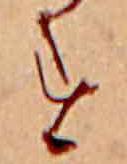
す